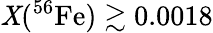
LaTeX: \mathit{X}(^{56}\mathrm{{Fe}})\gtrsim0.0018